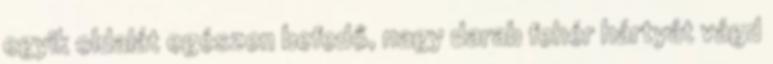
egyik oldalát egészen befedő, nagy darab fehér hártyát vágd